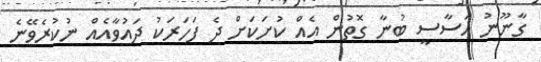
ގާނޫނު އަސާސީ ބުނާ ގޮތުން އެއް ކުށަކަށް ދެ ފަހަރަކު ދައުވާއެއް ނުކުރެވޭނެ